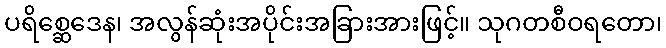
ပရိစ္ဆေဒေန၊ အလွန်ဆုံးအပိုင်းအခြားအားဖြင့်။ သုဂတစီဝရတော၊